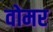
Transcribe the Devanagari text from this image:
वोमर